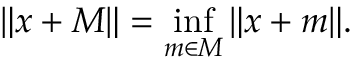
\| x + M \| = \operatorname* { i n f } _ { m \in M } \| x + m \| .